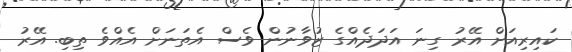
ކައިރިއަށް އޭރު ގިނަ އަދަދެއްގެ ޒުވާނުން ވެސް އެތަނަށް އެއްވެ ތިބި. އޭރު